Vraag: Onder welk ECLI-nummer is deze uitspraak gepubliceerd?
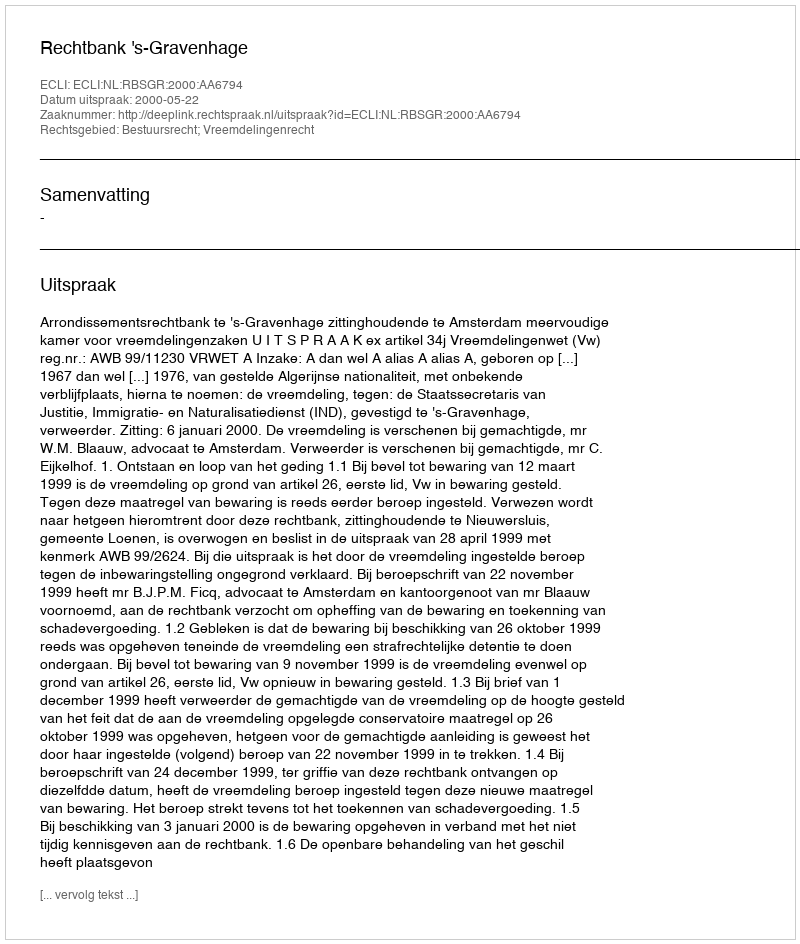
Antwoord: ECLI:NL:RBSGR:2000:AA6794